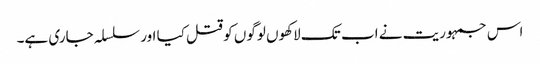
اس جمہوریت نے اب تک لاکھوں لوگوں کو قتل کیا اور سلسلہ جاری ہے۔